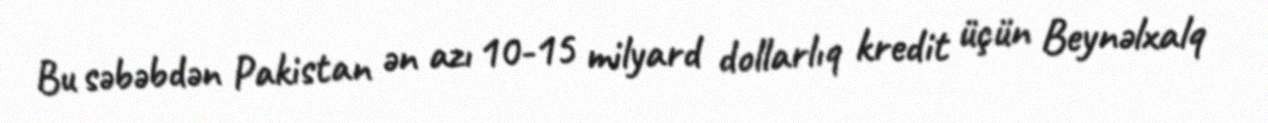
Bu səbəbdən Pakistan ən azı 10-15 milyard dollarlıq kredit üçün Beynəlxalq